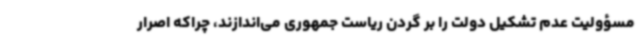
مسؤولیت عدم تشکیل دولت را بر گردن ریاست جمهوری می‌اندازند، چراکه اصرار